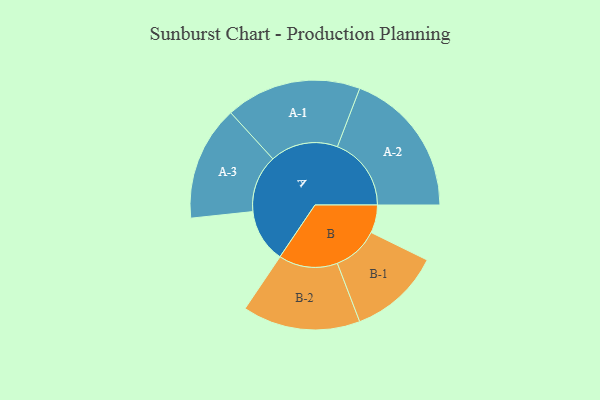
{"axis": {"x": "Segment", "y": "Value"}, "legend": ["", "A", "B"], "data": [{"x": "A", "y": 214, "type": ""}, {"x": "B", "y": 112, "type": ""}, {"x": "A-1", "y": 272, "type": "A"}, {"x": "A-2", "y": 296, "type": "A"}, {"x": "A-3", "y": 230, "type": "A"}, {"x": "B-1", "y": 184, "type": "B"}, {"x": "B-2", "y": 236, "type": "B"}]}